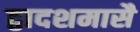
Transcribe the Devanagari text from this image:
द्वादशमासै